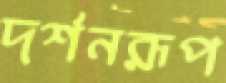
দর্শনরূপ